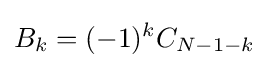
B_{k}=(-1)^{k}C_{N-1-k}